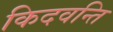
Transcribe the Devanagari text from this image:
किदवन्ति